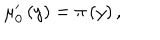
\mu _ { 0 } ^ { \prime } \left( y \right) = \pi \left( y \right) ,